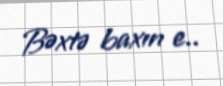
Bəxtə baxın e..